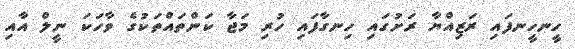
ހީނހީނފައި ރަޒިއްޔާ ރަށުގައި ހިނގާފައި ހުރި މަޖާ ކަންތައްތަކުގެ ވާހަކަ ނީލް އާއި